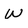
Character: W